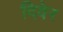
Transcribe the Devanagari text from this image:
दिवेर